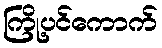
ကြို့ပင်ကောက်